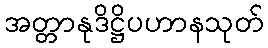
အတ္တာနုဒိဋ္ဌိပဟာနသုတ်